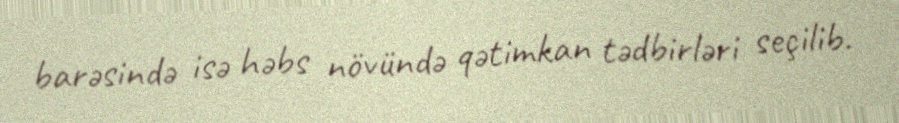
barəsində isə həbs növündə qətimkan tədbirləri seçilib.